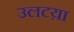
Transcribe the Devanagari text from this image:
उलटय़ा